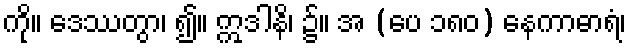
ကို။ ဒေဿတွာ၊ ၍။ ဣဒါနိ၊ ၌။ အ (ပေ ၁၈၀) နေကာဓာရံ၊